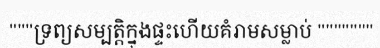
"""ទ្រព្យសម្បត្តិក្នុងផ្ទះហើយគំរាមសម្លាប់ """""""